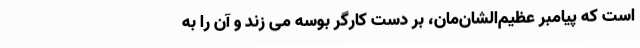
است که پیامبر عظیم‌الشان‌مان، بر دست کارگر بوسه می زند و آن را به